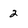
Character: 2